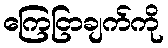
ကြေငြာချက်ကို